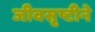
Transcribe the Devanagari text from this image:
जीवसृष्टीने